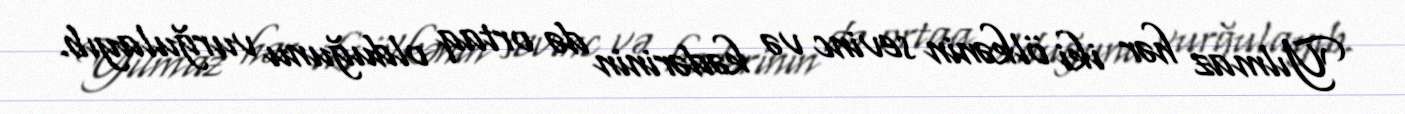
Yılmaz hər iki ölkənin sevinc və kədərinin də ortaq olduğunu vurğulayıb.